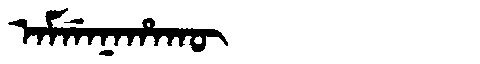
Manchu: ᠠᠮᡤᠠᠨᠠᡥᠠᡴᡡ
Romanization: AMGANAHAKŪ